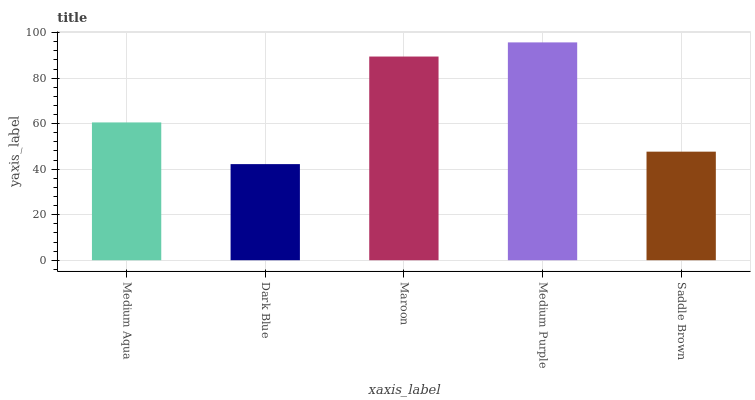
| xaxis_label | bars |
 | --- | --- |
 | Medium Aqua | 60.6 |
 | Dark Blue | 42.2 |
 | Maroon | 89.5 |
 | Medium Purple | 95.7 |
 | Saddle Brown | 47.7 |